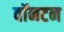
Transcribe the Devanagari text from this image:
वॉनटन